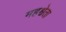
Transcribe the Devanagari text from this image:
महश्वेता